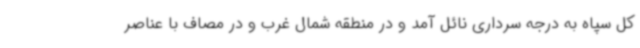
کل سپاه به درجه سرداری نائل آمد و در منطقه شمال غرب و در مصاف با عناصر